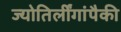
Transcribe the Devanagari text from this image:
ज्योतिर्लींगांपैकी